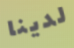
لدينا